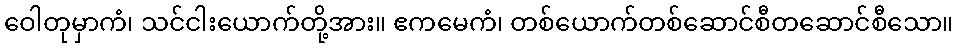
ဝေါတုမှာကံ၊ သင်ငါးယောက်တို့အား။ ဧကမေကံ၊ တစ်ယောက်တစ်ဆောင်စီတဆောင်စီသော။